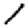
Digit: 1